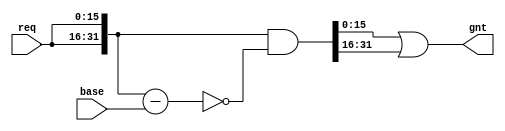
//base is always 1-hot, indicating the first position from which to scan right
module arbiter ( req, gnt , base);

   parameter WIDTH=16;

   input [WIDTH-1:0] req,base;
   output [WIDTH-1:0] gnt ;

   wire [WIDTH-1:0] gnt ;   

   wire [2*WIDTH-1:0] double_req ;
   wire [2*WIDTH-1:0] double_gnt ;   

   assign double_req = { req, req };

   assign double_gnt = double_req & ~(double_req - base);

   assign gnt = double_gnt[WIDTH-1:0] | double_gnt[2*WIDTH-1:WIDTH];

endmodule // arbiter

module tb;
   parameter WIDTH=16;
   
   /*AUTOWIRE*/
   // Beginning of automatic wires (for undeclared instantiated-module outputs)
   wire [WIDTH-1:0]	gnt;			// From dut of arbiter.v
   // End of automatics

   /*AUTOREGINPUT*/
   // Beginning of automatic reg inputs (for undeclared instantiated-module inputs)
   reg [WIDTH-1:0]	base;			// To dut of arbiter.v
   reg [WIDTH-1:0]	req;			// To dut of arbiter.v
   // End of automatics
   
   arbiter dut(/*AUTOINST*/
	       // Outputs
	       .gnt			(gnt[WIDTH-1:0]),
	       // Inputs
	       .req			(req[WIDTH-1:0]),
	       .base			(base[WIDTH-1:0]));
   
   initial
     begin
	$dumpvars;
	
	base=16'b1000_0000_0000_0000;
	req = 16'b0000_1000_0000_0000;
	#100;
	
	req = 16'b1110_1000_0000_1110;
	#100;
	
	req = 16'b1100_0000_1011_0000;
	#100;
	
	req = 16'b0011_0000_0000_1001;	
	#100;

	$finish;
     end // initial begin

endmodule // tb